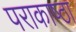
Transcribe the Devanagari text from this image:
पराकाष्‍ठा